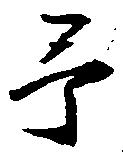
予